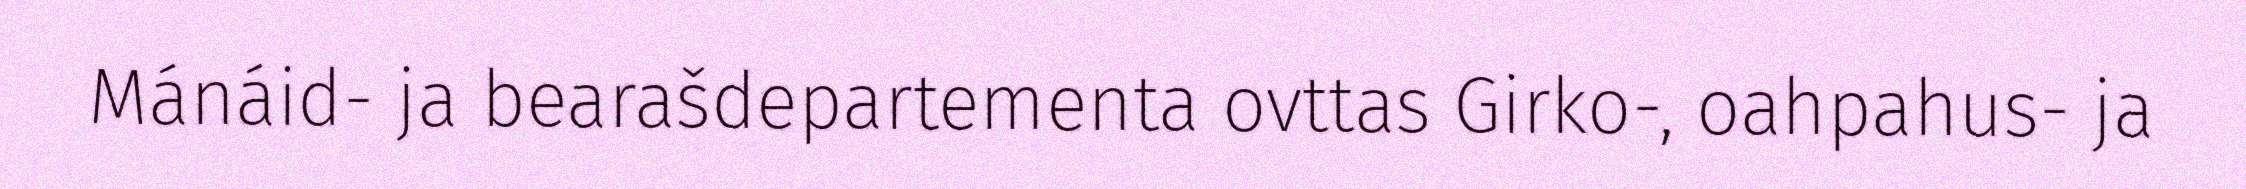
Mánáid- ja bearašdepartementa ovttas Girko-, oahpahus- ja